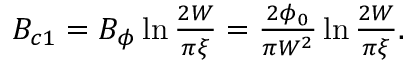
\begin{array} { r } { B _ { c 1 } = B _ { \phi } \ln \frac { 2 W } { \pi \xi } = \frac { 2 \phi _ { 0 } } { \pi W ^ { 2 } } \ln \frac { 2 W } { \pi \xi } . } \end{array}